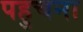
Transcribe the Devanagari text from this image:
पहुचना